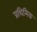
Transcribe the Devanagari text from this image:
प्रथिमिक